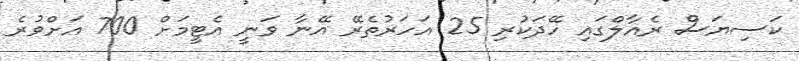
ކަސިޔަސް ރެއާލްގައި ހޭދަކުރި 25 އަހަރުތެރޭ އޭނާ ވަނީ އެޓީމަށް 700 އަށްވުރެ